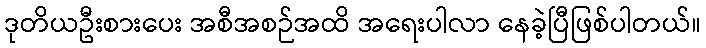
ဒုတိယဦးစားပေး အစီအစဉ်အထိ အရေးပါလာ နေခဲ့ပြီဖြစ်ပါတယ်။